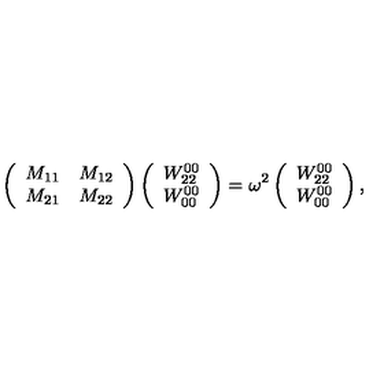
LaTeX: \left( \begin{array} { c c } { M _ { 1 1 } } & { M _ { 1 2 } } \\ { M _ { 2 1 } } & { M _ { 2 2 } } \\ \end{array} \right) \left( \begin{array} { c } { W _ { 2 2 } ^ { 0 0 } } \\ { W _ { 0 0 } ^ { 0 0 } } \\ \end{array} \right) = \omega ^ { 2 } \left( \begin{array} { c } { W _ { 2 2 } ^ { 0 0 } } \\ { W _ { 0 0 } ^ { 0 0 } } \\ \end{array} \right) ,